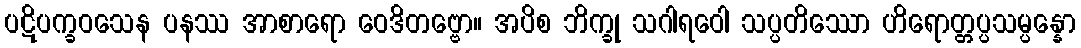
ပဋိပက္ခဝသေန ပနဿ အာစာရော ဝေဒိတဗ္ဗော။ အပိစ ဘိက္ခု သဂါရဝေါ သပ္ပတိဿော ဟိရောတ္တပ္ပသမ္ပန္နော